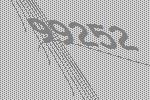
99252